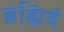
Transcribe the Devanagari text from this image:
ब्रह्मिदं